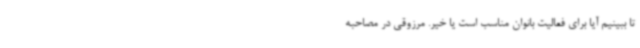
تا ببینیم آیا برای فعالیت بانوان مناسب است یا خیر. مرزوقی در مصاحبه